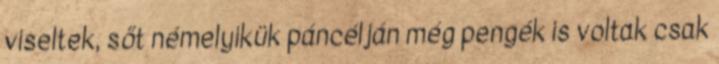
viseltek, sőt némelyikük páncélján még pengék is voltak csak